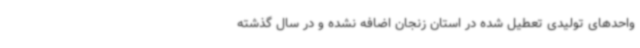
واحدهای تولیدی تعطیل شده در استان زنجان اضافه نشده و در سال گذشته